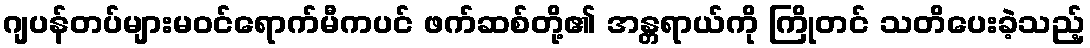
ဂျပန်တပ်များမဝင်ရောက်မီကပင် ဖက်ဆစ်တို့၏ အန္တရာယ်ကို ကြိုတင် သတိပေးခဲ့သည့်